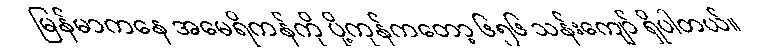
မြန်မာကနေ အမေရိကန်ကို ပို့ကုန်ကတော့ ၆၅၆ သန်းကျော် ရှိပါတယ်။